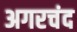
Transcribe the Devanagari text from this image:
अगरचंद